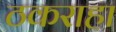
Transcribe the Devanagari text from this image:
ठकराहा